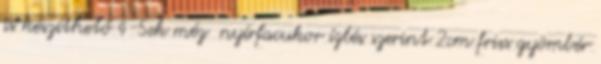
is készíthető 4-5ek méz nyírfacukor ízlés szerint 2cm friss gyömbér